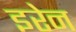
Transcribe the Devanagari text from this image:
इरेन